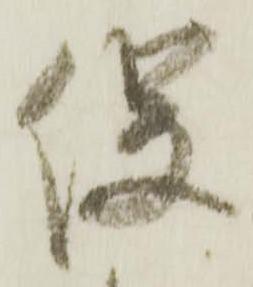
役